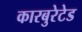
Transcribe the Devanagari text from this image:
कारबुरेटेड